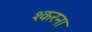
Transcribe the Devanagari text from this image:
श्करना